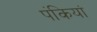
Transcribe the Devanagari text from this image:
पंकियां